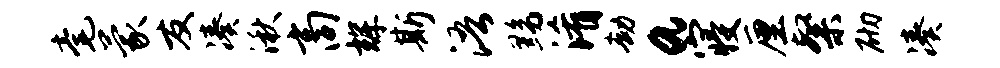
毫蒙友凑湫商辉斯浯黝淆劫a寝厘粲砌凑